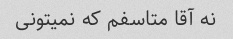
نه آقا متاسفم که نمیتونی